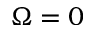
\Omega = 0